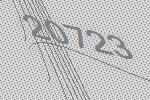
20723